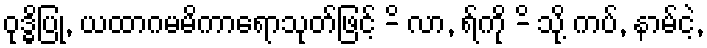
ဝုဒ္ဓိပြု, ယထာဂမမိကာရောသုတ်ဖြင့် -ိ လာ, ရ်ကို -ိ သို့ ကပ်, နာမ်ငဲ့,